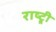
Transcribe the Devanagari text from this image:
राष्ट्र्री